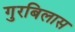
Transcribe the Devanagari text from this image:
गुरबिलास